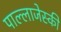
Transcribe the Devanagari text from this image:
पाल्लाजेस्की